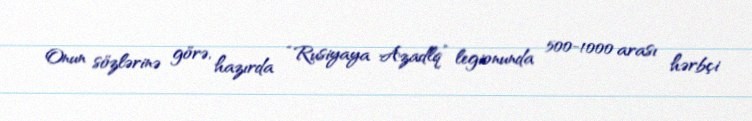
Onun sözlərinə görə, hazırda “Rusiyaya Azadlq” legionunda 500-1000 arası hərbçi